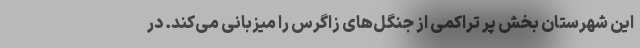
این شهرستان بخش پر تراکمی از جنگل‌های زاگرس را میزبانی می‌کند. در